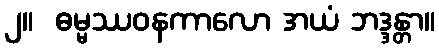
၂။  ဓမ္မဿဝနကာလော အယံ ဘဒ္ဒန္တာ။